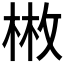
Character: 𢽳